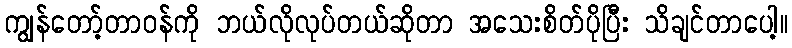
ကျွန်တော့်တာဝန်ကို ဘယ်လိုလုပ်တယ်ဆိုတာ အသေးစိတ်ပိုပြီး သိချင်တာပေါ့။